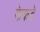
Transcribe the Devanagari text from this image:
केकडे